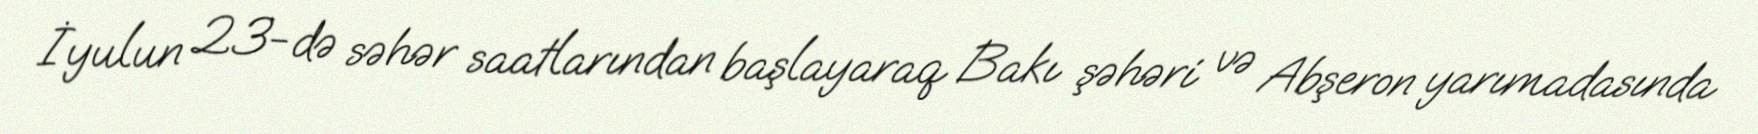
İyulun 23-də səhər saatlarından başlayaraq Bakı şəhəri və Abşeron yarımadasında